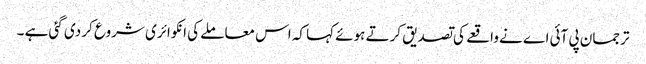
ترجمان پی آئی اے نے واقعے کی تصدیق کرتے ہوئے کہا کہ اس معاملے کی انکوائری شروع کر دی گئی ہے ۔